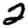
Digit: 2